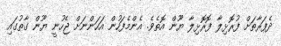
ދެފަރާތަށް ފުރޮޅިލާ ފޮރޮޅިލާ ޔޫން އޮތެވެ. އެންމެފަހުން އަހަންނަށް ޖެހުނީ ޔޫން ގާތުގައި